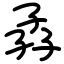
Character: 孨